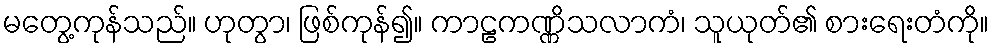
မတွေ့ကုန်သည်။ ဟုတွာ၊ ဖြစ်ကုန်၍။ ကာဠကဏ္ဏိသလာကံ၊ သူယုတ်၏ စားရေးတံကို။